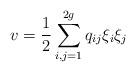
LaTeX: \begin{align*}v=\frac{1}{2}\sum_{i,j=1}^{2g}q_{ij}\xi_{i}\xi_{j}\end{align*}